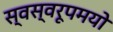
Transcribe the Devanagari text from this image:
स्वस्वरूपमयो